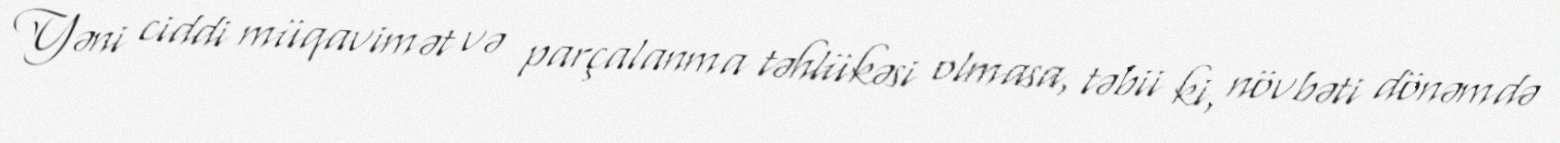
Yəni ciddi müqavimət və parçalanma təhlükəsi olmasa, təbii ki, növbəti dönəmdə